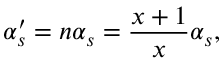
\alpha _ { s } ^ { \prime } = n \alpha _ { s } = \frac { x + 1 } { x } \alpha _ { s } ,